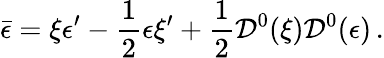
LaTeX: \bar{\epsilon}=\xi\epsilon^{\prime}-\frac{1}{2}\epsilon\xi^{\prime}+\frac{1}{2}{\cal D}^{0}(\xi){\cal D}^{0}(\epsilon)\, .